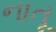
નાતૂ